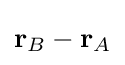
\mathbf {r} _{B}-\mathbf {r} _{A}